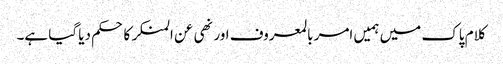
کلام پاک میں ہمیں امر بالمعروف اور نھی عن المنکر کا حکم دیا گیا ہے۔